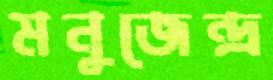
মনুজেন্দ্র